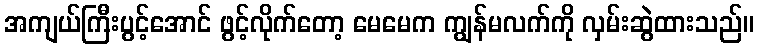
အကျယ်ကြီးပွင့်အောင် ဖွင့်လိုက်တော့ မေမေက ကျွန်မလက်ကို လှမ်းဆွဲထားသည်။